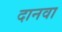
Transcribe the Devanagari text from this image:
दानवा